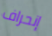
إنحراف